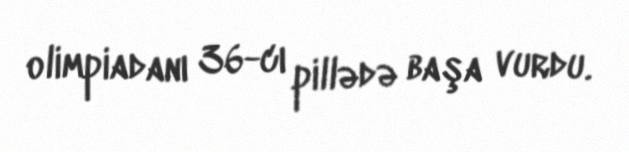
olimpiadanı 36-cı pillədə başa vurdu.